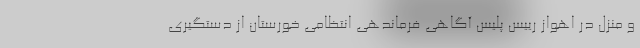
و منزل در اهواز رییس پلیس آگاهی فرماندهی انتظامی خورستان از دستگیری